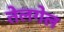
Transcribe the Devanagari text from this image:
तेलगेल